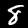
Label: 8